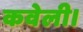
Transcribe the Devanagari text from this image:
कवेली।